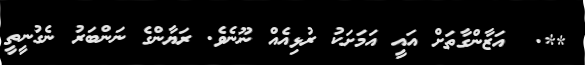
**.  އަޒާންގާތަށް އައީ އަމަށަކު ރުޅިއެއް ނޫނެވެ. ރަޔާންގެ ނަންބަރު ނެގުނީތީ